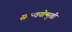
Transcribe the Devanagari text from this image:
समन्वयोन्मुखी